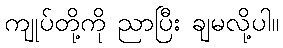
ကျုပ်တို့ကို ညာပြီး ချမလို့ပါ။